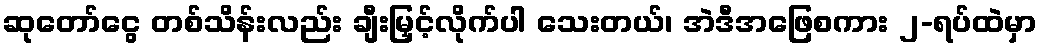
ဆုတော်ငွေ တစ်သိန်းလည်း ချီးမြှင့်လိုက်ပါ သေးတယ်၊ အဲဒီအဖြေစကား ၂-ရပ်ထဲမှာ